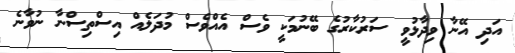
އަދި އޭނާ ވިދާޅުވީ ސަރުކާރުގެ ބޭނުމަކީ ވެސް އެއްވެސް މުދަލެއް އިސްތިސްނާ ނުވާނެ